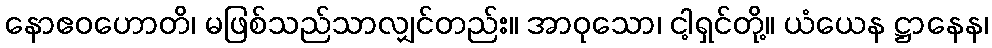
နောဧဝဟောတိ၊ မဖြစ်သည်သာလျှင်တည်း။ အာဝုသော၊ ငါ့ရှင်တို့။ ယံယေန ဋ္ဌာနေန၊